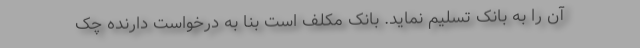
آن را به بانک تسلیم نماید. بانک مکلف است بنا به درخواست دارنده چک